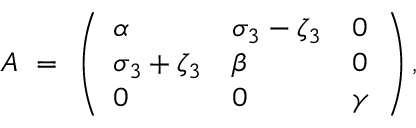
A \ = \ \left( \begin{array} { l l l } { \alpha } & { \sigma _ { 3 } - \zeta _ { 3 } } & { 0 } \\ { \sigma _ { 3 } + \zeta _ { 3 } } & { \beta } & { 0 } \\ { 0 } & { 0 } & { \gamma } \end{array} \right) ,